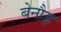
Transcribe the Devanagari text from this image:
बेनौड़